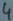
Text: 4